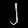
Digit: ၂